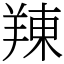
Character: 䍶